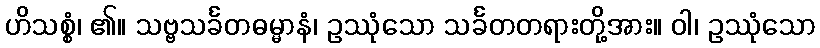
ဟိသစ္စံ၊ ၏။ သဗ္ဗသင်္ခတဓမ္မာနံ၊ ဥဿုံသော သင်္ခတတရားတို့အား။ ဝါ၊ ဥဿုံသော